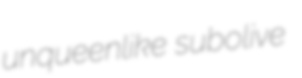
unqueenlike subolive